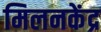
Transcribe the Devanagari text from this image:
मिलनकेंद्र